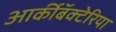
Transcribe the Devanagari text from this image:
आर्कीबॅक्टेरिया